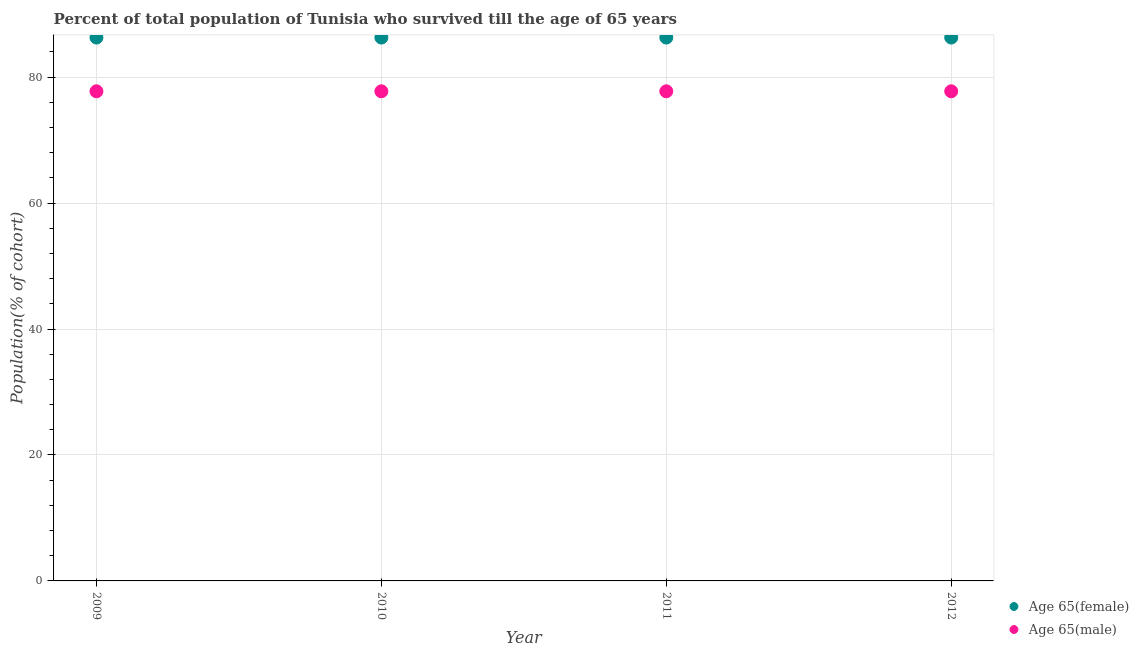
| Year | Age 65(female) | Age 65(male) |
 | --- | --- | --- |
 | 2009 | 86.3 | 77.8 |
 | 2010 | 86.3 | 77.8 |
 | 2011 | 86.3 | 77.8 |
 | 2012 | 86.3 | 77.8 |